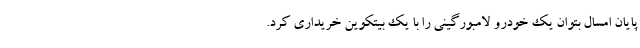
پایان امسال بتوان یک خودرو لامبورگینی را با یک بیتکوین خریداری کرد.